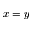
x = y